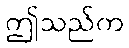
ဤသည်က